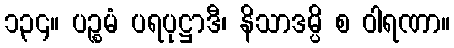
၁၃၄။ ပဉ္စမံ ပရပုဋ္ဌာဒီ၊ နိသာဒမ္ပိ စ ဝါရဏာ။